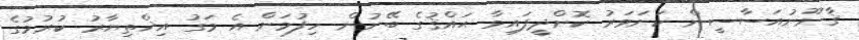
ޤާނޫނުއަސާސީން ކަށަވަރު ކޮށްދީފައިވާ ޙައްޤުގެ ބޭނުން ހިފުމަށް އެ މަގު އިޚްތިޔާރު ކުރުމުގެ